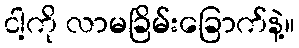
ငါ့ကို လာမခြိမ်းခြောက်နဲ့။